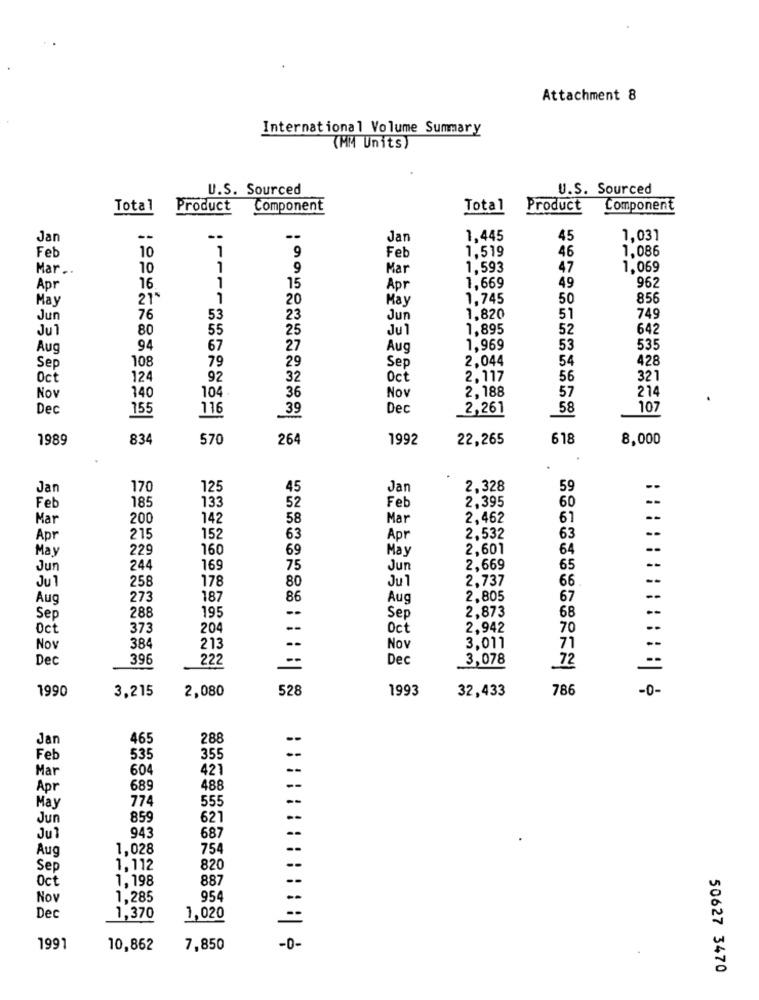
Attachment 8
International Volume Summary
(MM Units)
U.S. Sourced
U.S. Sourced
Total
Product
Component
Total
Product
Component
Jan
--
Jan
1.445
45
1,031
10
1
1,519
1.086
Feb
9
Feb
46
Mar ..
10
1
9
Mar
1,593
47
1.069
1
1.669
962
Apr
16
15
Apr
49
May
215
1
20
May
1,745
50
856
749
Jun
76
53
23
Jur
1.820
51
Jul
80
55
25
Jul
1,895
52
642
Aug
94
67
27
Au
1.969
53
535
Sep
108
79
Sep
2,044
54
428
29
Oct
124
92
32
Oct
2.117
56
321
Nov
140
Nov
2,188
57
214
104
36
De
155
116
Dec
2,261
58
107
39
1989
834
570
264
1992
22,265
618
8,000
.
Jan
170
125
45
Jar
2.328
59
185
133
Feb
2,395
--
Feb
52
60
Mar
200
142
58
Mar
2,462
67
Apt
215
152
63
Apr
2,532
63
May
229
160
69
May
2,601
64
Jun
244
169
75
Jun
2.669
65
Ju
258
178
80
2,737
66
Aug
273
187
86
Au
2,805
67
--
2.873
--
Sep
288
195
Sep
68
Oct
373
204
--
Oct
2,942
70
..
71
--
Nov
384
213
--
Now
3,011
Dec
396
222
--
Dec
3,078
72
1990
3,215
2,080
528
1993
32,433
786
-0-
Jan
465
288
--
Feb
535
355
--
Mar
604
421
--
Apr
689
488
774
555
May
Jur
859
621
943
Ju
687
Aug
1.028
754
Sep
1.112
820
Oct
1,198
887
Nov
1,285
954
Dec
1,370
1,020
1991
10,862
7,850
-0-
50627 3470